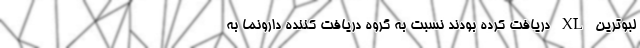
لبوترین XL دریافت کرده بودند نسبت به گروه دریافت کننده دارونما به